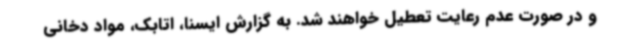
و در صورت عدم رعایت تعطیل خواهند شد. به گزارش ایسنا، اتابک، مواد دخانی